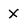
Character: X